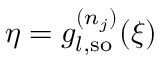
\eta = g _ { l , \mathrm { { s o } } } ^ { ( n _ { j } ) } ( \xi )